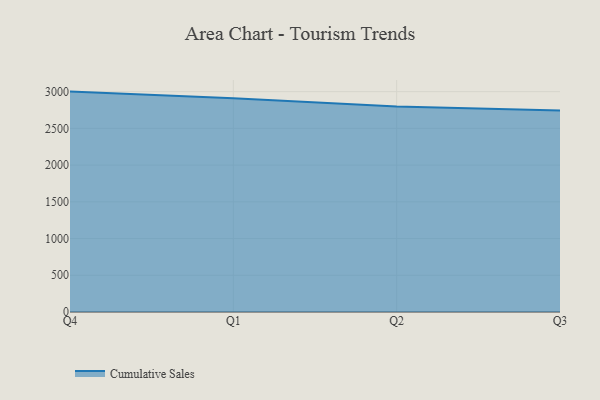
{"axis": {"x": "Quarter", "y": "Production Output"}, "legend": ["Cumulative Sales"], "data": [{"x": "Q4", "y": 3000.8, "type": "Cumulative Sales"}, {"x": "Q1", "y": 2909.9, "type": "Cumulative Sales"}, {"x": "Q2", "y": 2799.1, "type": "Cumulative Sales"}, {"x": "Q3", "y": 2745.1, "type": "Cumulative Sales"}]}